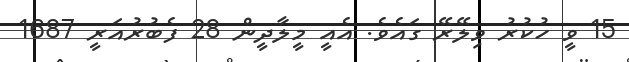
15 ވީ ހުކުރު ވިލޭރޭ ގައެވެ. އެއީ މީލާދީން 28 ފެބުރުއަރީ 1687